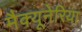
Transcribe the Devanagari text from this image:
मैक्यूनेरिया